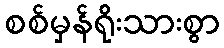
စစ်မှန်ရိုးသားစွာ